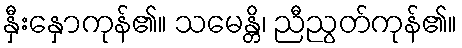
နှီးနှောကုန်၏။ သမေန္တိ၊ ညီညွတ်ကုန်၏။